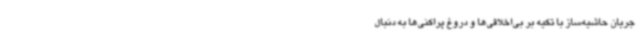
جریان حاشیه‌ساز با تکیه بر بی‌اخلاقی‌ها و دروغ پراکنی‌ها به دنبال